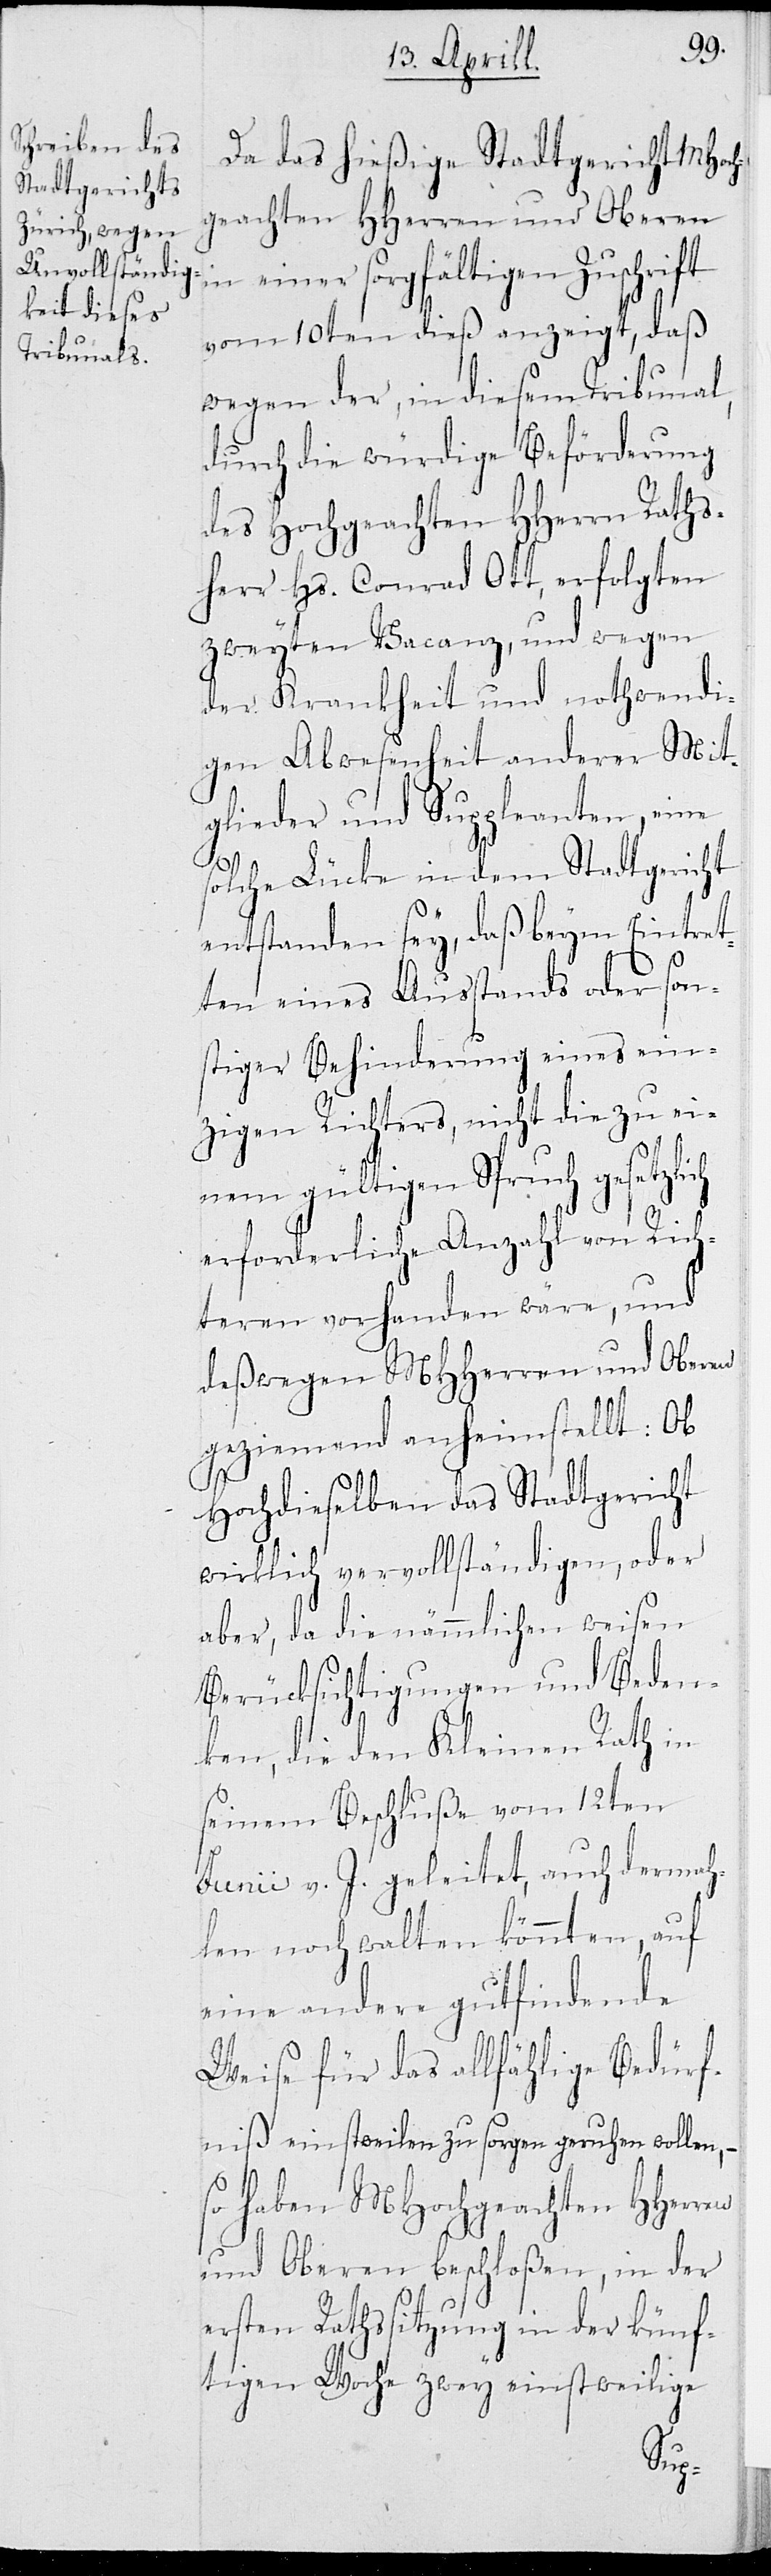
Da da hießige Stadtgericht MHoch¬
geachten HHerren und Oberen
in einer sorgfältigen Zuschrift
vom 10ten dieß anzeigt, daß
wegen der, in diesem Tribunal,
durch die würdige Beförderung
des Hochgeachten HHerrn Raths¬
herr Hs. Conrad Ott, erfolgten
zweyten Vacanz, und wegen
der Krankheit und nothwendi¬
gen Abwesenheit anderer Mit¬
glieder und Suppleanten, eine
solche Lücke in dem Stadtgericht
entstanden sey, daß beym Eintret¬
ten eines Ausstands oder son¬
stiger Behinderung eines ein¬
zigen Richters, nicht die zu ei¬
nem gültigen Spruch gesetzl¬
erforderliche Anzahl von Rich¬
teren vorhanden wäre, und
deßwegen MHHerren und Oberen
geziemend anheimstellt: Ob
Hochdieselben das Stadtgericht
wirklich vervollständigen, oder
aber, da die nämmlichen weisen
Berücksichtigungen und Beden¬
ken, die den Kleinen Rath in
seinem Beschluße vom 12ten
Junii v. J. geleitet, auch dermah¬
len noch walten könnten, auf
eine andere gutfindende
Weise für das allfählige Bedürf¬
niß einstweilen zu sorgen geruhen wollen, –
so haben MHochgeachten HHerren
und Oberen beschloßen, in der
ersten Rathssitzung in der künf¬
tigen Woche zwey einstweilige
ich